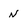
Character: n